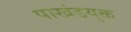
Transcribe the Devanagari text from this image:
पाखंडयुक्त